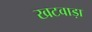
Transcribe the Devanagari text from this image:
खटवाड़ा